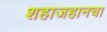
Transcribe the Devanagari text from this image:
शहाजहानचा